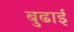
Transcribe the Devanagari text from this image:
बुढाई